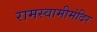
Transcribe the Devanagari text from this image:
रामस्वामीमंदिर